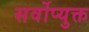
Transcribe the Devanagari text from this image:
सर्वोप्युक्त